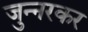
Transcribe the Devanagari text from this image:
जुन्‍नरकर